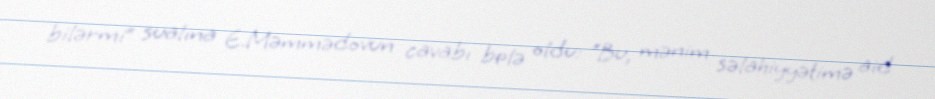
bilərmi” sualına E.Məmmədovun cavabı belə oldu: “Bu, mənim səlahiyyətimə aid